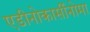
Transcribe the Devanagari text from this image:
एडीनोकार्सीनोमा